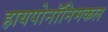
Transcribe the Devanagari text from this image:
हायपोनॉनिमकल